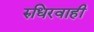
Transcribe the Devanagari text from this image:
रुधिरवाही